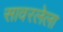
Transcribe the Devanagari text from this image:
सावरलेला